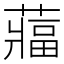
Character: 𮑻